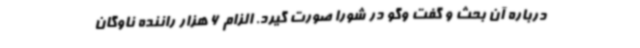
درباره آن بحث و گفت وگو در شورا صورت گیرد. الزام 6 هزار راننده ناوگان